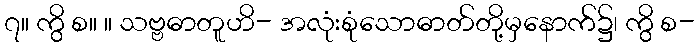
၇။ ကွိ စ။ ။ သဗ္ဗဓာတူဟိ- အလုံးစုံသောဓာတ်တို့မှနောက်၌၊ ကွိ စ-